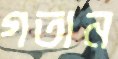
গতান